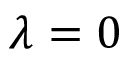
\lambda = 0